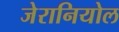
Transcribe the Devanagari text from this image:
जेरानियोल